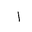
Letter: _alif